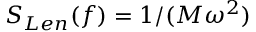
S _ { L e n } ( f ) = 1 / ( M \omega ^ { 2 } )